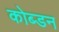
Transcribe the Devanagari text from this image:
कोब्डन